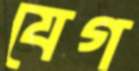
যেগ